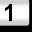
Digit: 1